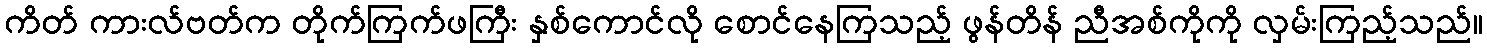
ကိတ် ကားလ်ဗတ်က တိုက်ကြက်ဖကြီး နှစ်ကောင်လို စောင်နေကြသည့် ဖွန်တိန် ညီအစ်ကိုကို လှမ်းကြည့်သည်။